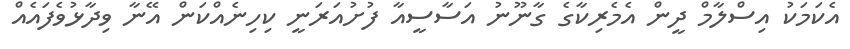
އެކަމަކު އިސްލާމް ދީން އެމެރިކާގެ ގާނޫނު އަސާސީއާ ފުށުއަރަނީ ކިހިނެއްކަން އޭނާ ވިދާޅުވެފައެއް